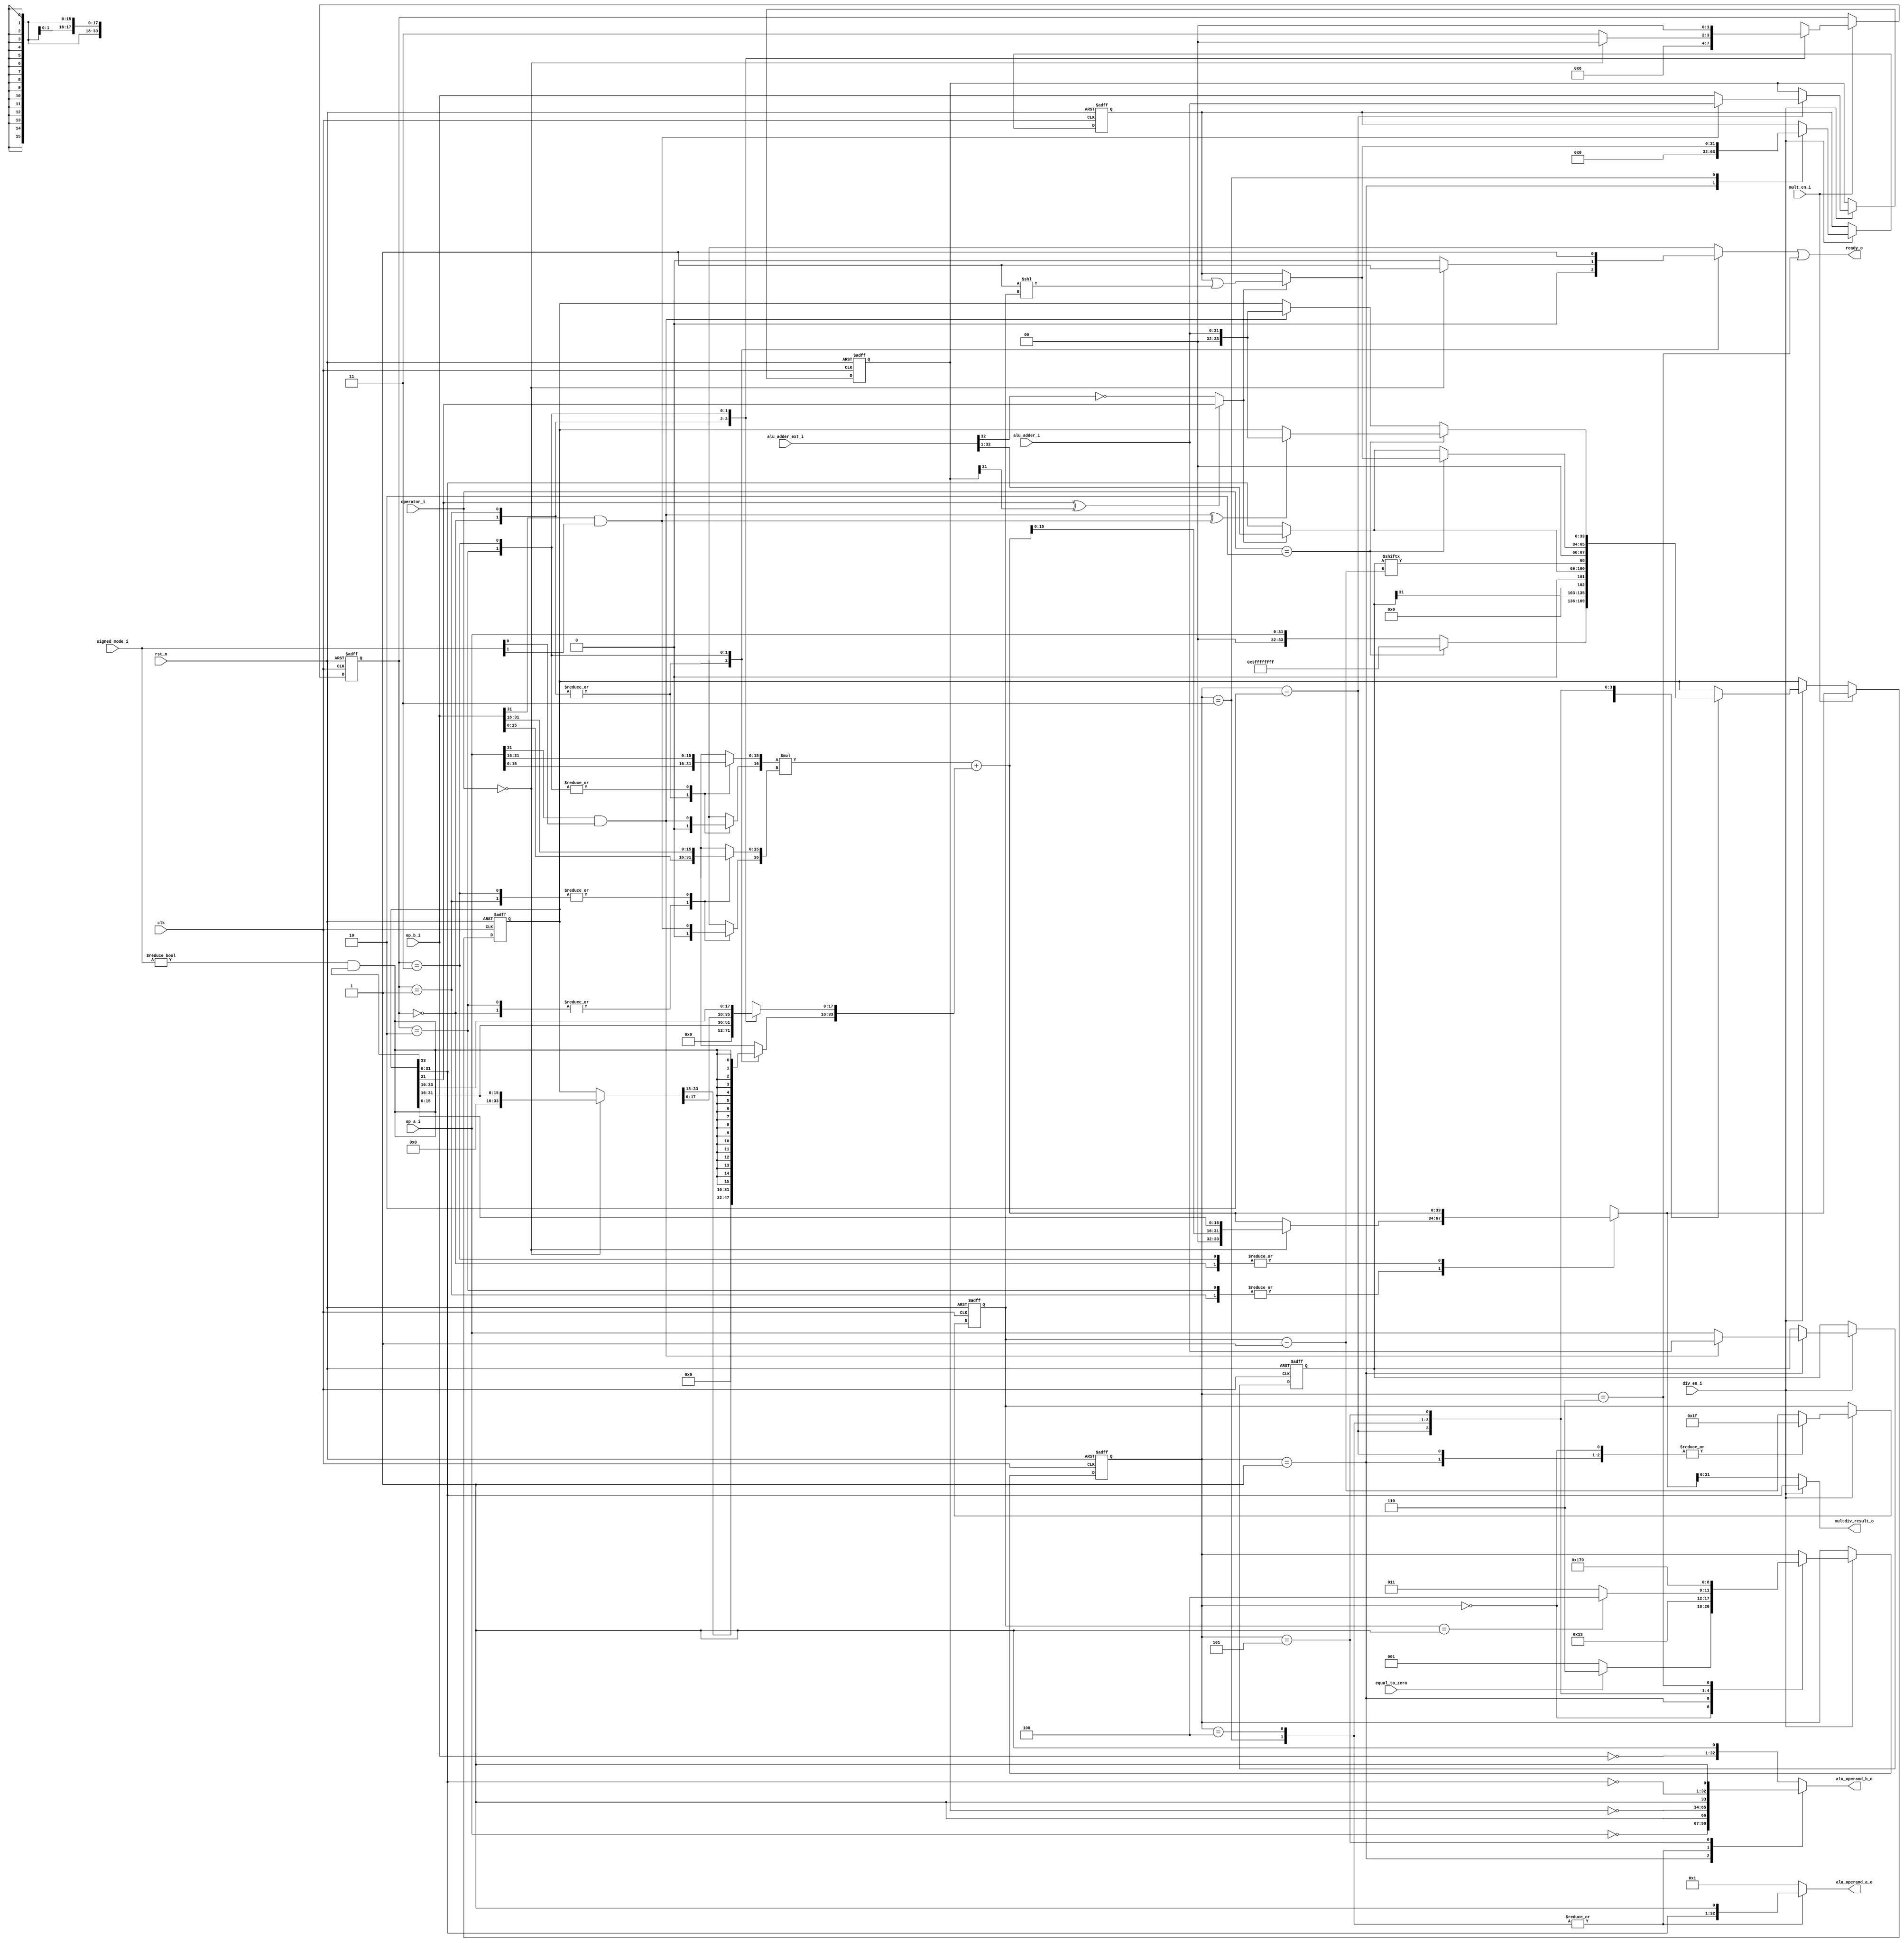
// Copyright lowRISC contributors.
// Copyright 2017 ETH Zurich and University of Bologna.
// Licensed under the Apache License, Version 2.0, see LICENSE for details.
// SPDX-License-Identifier: Apache-2.0

////////////////////////////////////////////////////////////////////////////////
//                                                                            //
// Additional contributions by:                                               //
//                 Sven Stucki - svstucki@student.ethz.ch                     //
//                                                                            //
//                                                                            //
// Design Name:    RISC-V processor core                                      //
// Project Name:   ibex                                                       //
// Language:       SystemVerilog                                              //
//                                                                            //
// Description:    Defines for various constants used by the processor core.  //
//                                                                            //
////////////////////////////////////////////////////////////////////////////////

module ibex_multdiv_fast (
	clk,
	rst_n,
	mult_en_i,
	div_en_i,
	operator_i,
	signed_mode_i,
	op_a_i,
	op_b_i,
	alu_adder_ext_i,
	alu_adder_i,
	equal_to_zero,
	alu_operand_a_o,
	alu_operand_b_o,
	multdiv_result_o,
	ready_o
);
	input wire clk;
	input wire rst_n;
	input wire mult_en_i;
	input wire div_en_i;
	input wire [1:0] operator_i;
	input wire [1:0] signed_mode_i;
	input wire [31:0] op_a_i;
	input wire [31:0] op_b_i;
	input wire [33:0] alu_adder_ext_i;
	input wire [31:0] alu_adder_i;
	input wire equal_to_zero;
	output reg [32:0] alu_operand_a_o;
	output reg [32:0] alu_operand_b_o;
	output wire [31:0] multdiv_result_o;
	output wire ready_o;
	reg [4:0] div_counter_q;
	reg [4:0] div_counter_n;
	reg [1:0] mult_state_q;
	reg [1:0] mult_state_n;
	reg [2:0] divcurr_state_q;
	reg [2:0] divcurr_state_n;
	wire signed [34:0] mac_res_ext;
	reg [33:0] mac_res_q;
	reg [33:0] mac_res_n;
	wire [33:0] mac_res;
	reg [33:0] op_reminder_n;
	reg [15:0] mult_op_a;
	reg [15:0] mult_op_b;
	reg [33:0] accum;
	reg sign_a;
	reg sign_b;
	wire div_sign_a;
	wire div_sign_b;
	wire signed_mult;
	reg is_greater_equal;
	wire div_change_sign;
	wire rem_change_sign;
	wire [31:0] one_shift;
	reg [31:0] op_denominator_q;
	reg [31:0] op_numerator_q;
	reg [31:0] op_quotient_q;
	reg [31:0] op_denominator_n;
	reg [31:0] op_numerator_n;
	reg [31:0] op_quotient_n;
	wire [31:0] next_reminder;
	wire [32:0] next_quotient;
	wire [32:0] res_adder_h;
	reg mult_is_ready;
	localparam [1:0] ALBL = 0;
	localparam [2:0] MD_IDLE = 0;
	always @(posedge clk or negedge rst_n) begin : proc_mult_state_q
		if (!rst_n) begin
			mult_state_q <= ALBL;
			mac_res_q <= {34 {1'sb0}};
			div_counter_q <= {5 {1'sb0}};
			divcurr_state_q <= MD_IDLE;
			op_denominator_q <= {32 {1'sb0}};
			op_numerator_q <= {32 {1'sb0}};
			op_quotient_q <= {32 {1'sb0}};
		end
		else begin
			if (mult_en_i)
				mult_state_q <= mult_state_n;
			if (div_en_i) begin
				div_counter_q <= div_counter_n;
				op_denominator_q <= op_denominator_n;
				op_numerator_q <= op_numerator_n;
				op_quotient_q <= op_quotient_n;
				divcurr_state_q <= divcurr_state_n;
			end
			case (1'b1)
				mult_en_i: mac_res_q <= mac_res_n;
				div_en_i: mac_res_q <= op_reminder_n;
				default: mac_res_q <= mac_res_q;
			endcase
		end
	end
	assign signed_mult = signed_mode_i != 2'b00;
	assign multdiv_result_o = (div_en_i ? mac_res_q[31:0] : mac_res_n[31:0]);
	assign mac_res_ext = ($signed({sign_a, mult_op_a}) * $signed({sign_b, mult_op_b})) + $signed(accum);
	assign mac_res = mac_res_ext[33:0];
	assign res_adder_h = alu_adder_ext_i[33:1];
	assign next_reminder = (is_greater_equal ? res_adder_h[31:0] : mac_res_q[31:0]);
	assign next_quotient = (is_greater_equal ? {1'b0, op_quotient_q} | {1'b0, one_shift} : {1'b0, op_quotient_q});
	assign one_shift = 32'b00000000000000000000000000000001 << div_counter_q;
	always @(*)
		if ((mac_res_q[31] ^ op_denominator_q[31]) == 1'b0)
			is_greater_equal = res_adder_h[31] == 1'b0;
		else
			is_greater_equal = mac_res_q[31];
	assign div_sign_a = op_a_i[31] & signed_mode_i[0];
	assign div_sign_b = op_b_i[31] & signed_mode_i[1];
	assign div_change_sign = div_sign_a ^ div_sign_b;
	assign rem_change_sign = div_sign_a;
	localparam [2:0] MD_ABS_A = 1;
	localparam [2:0] MD_ABS_B = 2;
	localparam [2:0] MD_CHANGE_SIGN = 5;
	localparam [2:0] MD_COMP = 3;
	localparam [2:0] MD_FINISH = 6;
	localparam [2:0] MD_LAST = 4;
	localparam [1:0] ibex_defines_MD_OP_DIV = 2;
	always @(*) begin : div_fsm
		div_counter_n = div_counter_q - 5'h01;
		op_reminder_n = mac_res_q;
		op_quotient_n = op_quotient_q;
		divcurr_state_n = divcurr_state_q;
		op_numerator_n = op_numerator_q;
		op_denominator_n = op_denominator_q;
		alu_operand_a_o = 33'b000000000000000000000000000000001;
		alu_operand_b_o = {~op_b_i, 1'b1};
		case (divcurr_state_q)
			MD_IDLE: begin
				if (operator_i == ibex_defines_MD_OP_DIV) begin
					op_reminder_n = {34 {1'sb1}};
					divcurr_state_n = (equal_to_zero ? MD_FINISH : MD_ABS_A);
				end
				else begin
					op_reminder_n = {2'b00, op_a_i};
					divcurr_state_n = (equal_to_zero ? MD_FINISH : MD_ABS_A);
				end
				alu_operand_a_o = 33'b000000000000000000000000000000001;
				alu_operand_b_o = {~op_b_i, 1'b1};
				div_counter_n = 5'd31;
			end
			MD_ABS_A: begin
				op_quotient_n = {32 {1'sb0}};
				op_numerator_n = (div_sign_a ? alu_adder_i : op_a_i);
				divcurr_state_n = MD_ABS_B;
				div_counter_n = 5'd31;
				alu_operand_a_o = 33'b000000000000000000000000000000001;
				alu_operand_b_o = {~op_a_i, 1'b1};
			end
			MD_ABS_B: begin
				op_reminder_n = {33'h000000000, op_numerator_q[31]};
				op_denominator_n = (div_sign_b ? alu_adder_i : op_b_i);
				divcurr_state_n = MD_COMP;
				div_counter_n = 5'd31;
				alu_operand_a_o = 33'b000000000000000000000000000000001;
				alu_operand_b_o = {~op_b_i, 1'b1};
			end
			MD_COMP: begin
				op_reminder_n = {1'b0, next_reminder[31:0], op_numerator_q[div_counter_n]};
				op_quotient_n = next_quotient[31:0];
				divcurr_state_n = (div_counter_q == 5'd1 ? MD_LAST : MD_COMP);
				alu_operand_a_o = {mac_res_q[31:0], 1'b1};
				alu_operand_b_o = {~op_denominator_q[31:0], 1'b1};
			end
			MD_LAST: begin
				if (operator_i == ibex_defines_MD_OP_DIV)
					op_reminder_n = {1'b0, next_quotient};
				else
					op_reminder_n = {2'b00, next_reminder[31:0]};
				alu_operand_a_o = {mac_res_q[31:0], 1'b1};
				alu_operand_b_o = {~op_denominator_q[31:0], 1'b1};
				divcurr_state_n = MD_CHANGE_SIGN;
			end
			MD_CHANGE_SIGN: begin
				divcurr_state_n = MD_FINISH;
				if (operator_i == ibex_defines_MD_OP_DIV)
					op_reminder_n = (div_change_sign ? {2'h0, alu_adder_i} : mac_res_q);
				else
					op_reminder_n = (rem_change_sign ? {2'h0, alu_adder_i} : mac_res_q);
				alu_operand_a_o = 33'b000000000000000000000000000000001;
				alu_operand_b_o = {~mac_res_q[31:0], 1'b1};
			end
			MD_FINISH: divcurr_state_n = MD_IDLE;
			default:
				;
		endcase
	end
	assign ready_o = mult_is_ready | (divcurr_state_q == MD_FINISH);
	localparam [1:0] AHBH = 3;
	localparam [1:0] AHBL = 2;
	localparam [1:0] ALBH = 1;
	localparam [1:0] ibex_defines_MD_OP_MULL = 0;
	always @(*) begin : mult_fsm
		mult_op_a = op_a_i[15:0];
		mult_op_b = op_b_i[15:0];
		sign_a = 1'b0;
		sign_b = 1'b0;
		accum = mac_res_q;
		mac_res_n = mac_res;
		mult_state_n = mult_state_q;
		mult_is_ready = 1'b0;
		case (mult_state_q)
			ALBL: begin
				mult_op_a = op_a_i[15:0];
				mult_op_b = op_b_i[15:0];
				sign_a = 1'b0;
				sign_b = 1'b0;
				accum = {34 {1'sb0}};
				mac_res_n = mac_res;
				mult_state_n = ALBH;
			end
			ALBH: begin
				mult_op_a = op_a_i[15:0];
				mult_op_b = op_b_i[31:16];
				sign_a = 1'b0;
				sign_b = signed_mode_i[1] & op_b_i[31];
				accum = {18'b000000000000000000, mac_res_q[31:16]};
				if (operator_i == ibex_defines_MD_OP_MULL)
					mac_res_n = {2'b00, mac_res[15:0], mac_res_q[15:0]};
				else
					mac_res_n = mac_res;
				mult_state_n = AHBL;
			end
			AHBL: begin
				mult_op_a = op_a_i[31:16];
				mult_op_b = op_b_i[15:0];
				sign_a = signed_mode_i[0] & op_a_i[31];
				sign_b = 1'b0;
				if (operator_i == ibex_defines_MD_OP_MULL) begin
					accum = {18'b000000000000000000, mac_res_q[31:16]};
					mac_res_n = {2'b00, mac_res[15:0], mac_res_q[15:0]};
					mult_is_ready = 1'b1;
					mult_state_n = ALBL;
				end
				else begin
					accum = mac_res_q;
					mac_res_n = mac_res;
					mult_state_n = AHBH;
				end
			end
			AHBH: begin
				mult_op_a = op_a_i[31:16];
				mult_op_b = op_b_i[31:16];
				sign_a = signed_mode_i[0] & op_a_i[31];
				sign_b = signed_mode_i[1] & op_b_i[31];
				accum[17:0] = mac_res_q[33:16];
				accum[33:18] = {16 {signed_mult & mac_res_q[33]}};
				mac_res_n = mac_res;
				mult_state_n = ALBL;
				mult_is_ready = 1'b1;
			end
			default:
				;
		endcase
	end
endmodule